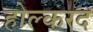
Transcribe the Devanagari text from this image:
होल्करद